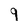
Character: 9